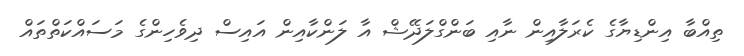
ތިއްބާ އިންޑިޔާގެ ކެރަލާއިން ނާއި ބަންގްލަދޭޝް އާ ލަންކާއިން އައިސް ދިވެހިންގެ މަސައްކަތްތައް